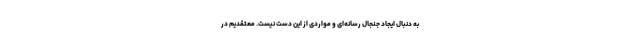
به دنبال ایجاد جنجال رسانه‌ای و مواردی از این دست نیست. معتقدیم در